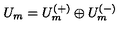
U _ { m } = U _ { m } ^ { ( + ) } \oplus U _ { m } ^ { ( - ) }